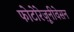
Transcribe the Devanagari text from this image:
फोटोरेज़ूनीवेसन